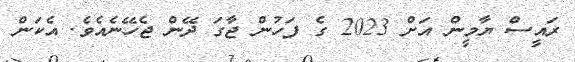
ރައީސް ޔާމީން އަށް 2023 ގެ ފަހުން ޖާގަ ދޭން ޖެހޭނެއެވެ. އެކަން